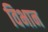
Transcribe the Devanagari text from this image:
विभान